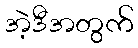
အဲ့ဒီအတွက်